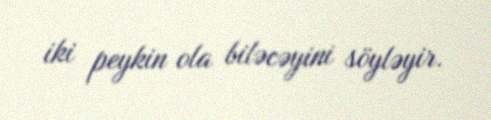
iki peykin ola biləcəyini söyləyir.